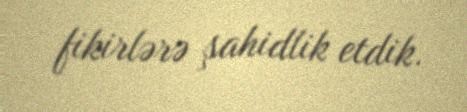
fikirlərə şahidlik etdik.